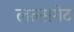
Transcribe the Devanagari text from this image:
लल्सगेट